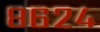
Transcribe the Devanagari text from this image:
८६२४